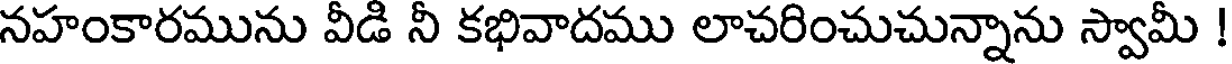
నహంకారమును వీడి నీ కభివాదము లాచరించుచున్నాను స్వామీ !